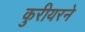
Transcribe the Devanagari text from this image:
कुरीयरने